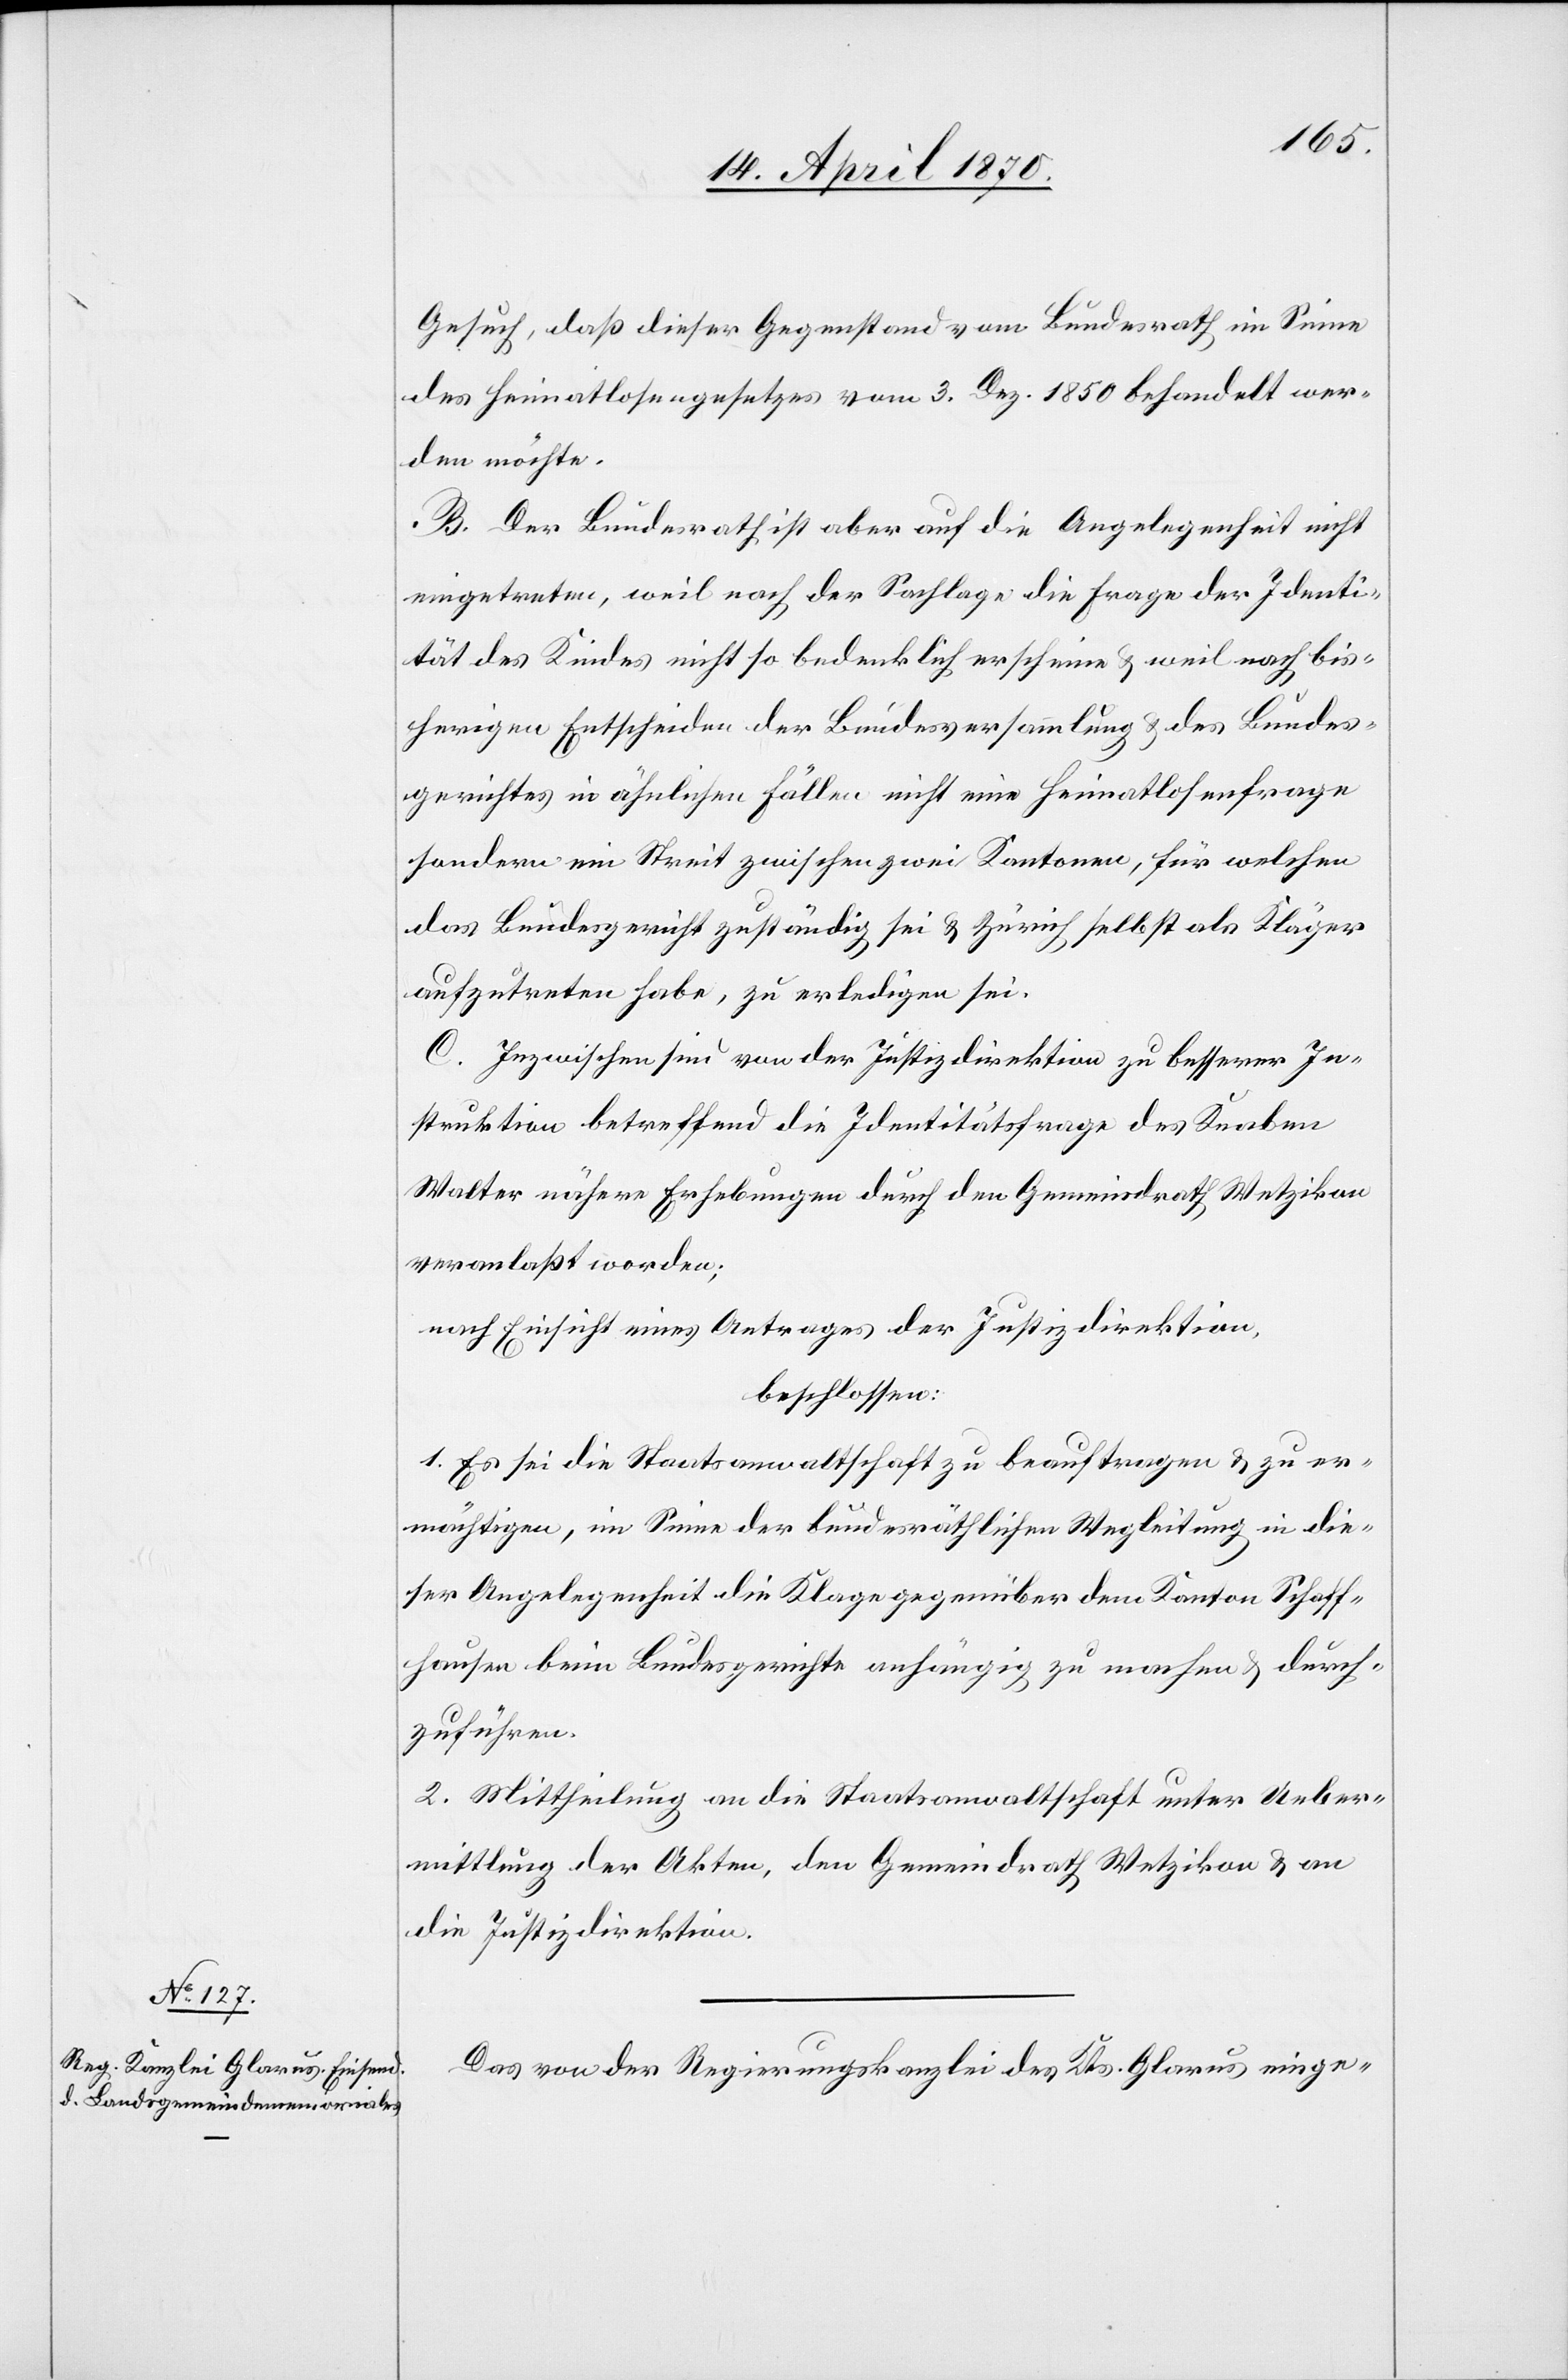
Gesuch, daß dieser Gegenstand vom Bundesrath im Sinne
des Heimatlosengesetzes vom 3. Dez. 1850 behandelt wer¬
den möchte.
B. Der Bundesrath ist aber auf die Angelegenheit nicht
eingetreten, weil nach der Sachlage die Frage der Identi¬
tät des Kindes nicht so bedenklich erscheine & weil nach bis¬
herigen Entscheiden der Bundesversammlung & des Bundes¬
gerichtes in ähnlichen Fällen nicht eine Heimatlosenfrage
sondern ein Streit zwischen zwei Kantonen, für welchen
das Bundesgericht zuständig sei & Zürich selbst als Kläger
aufzutreten habe, zu erledigen sei.
C. Inzwischen sind von der Justizdirektion zu besserer In¬
struktion betreffend die Identitätsfrage des Knaben
Walter nähere Erhebungen durch den Gemeindrath Wetzikon
veranlaßt worden;
nach Einsicht eines Antrages der Justizdirektion,
beschlossen:
1. Es sei die Staatsanwaltschaft zu beauftragen & zu er¬
mächtigen, im Sinne der bundesräthlichen Wegleitung in die¬
ser Angelegenheit die Klage gegenüber dem Kanton Schaff¬
hausen beim Bundesgerichte anhängig zu machen & durch
zuführen.
2. Mittheilung an die Staatsanwaltschaft unter Ueber¬
mittlung der Akten, den Gemeindrath Wetzikon & an
die Justizdirektion.
Das von der Regierungskanzlei des Kts. Glarus einge-